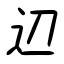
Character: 辺